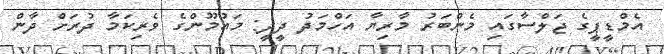
އެމްޑީޕީގެ ޖަލްސާގައި މެންބަރު މާރިޔާ އަހްމަދު ދީދީ: މައުމޫންގެ ވެރިކަމާ ދުރަށް ދާން